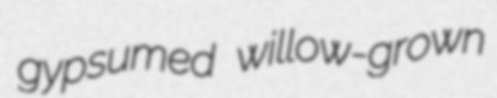
gypsumed willow-grown